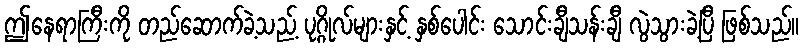
ဤနေရာကြီးကို တည်ဆောက်ခဲ့သည့် ပုဂ္ဂိုလ်များနှင့် နှစ်ပေါင်း သောင်းချီသန်းချီ လွဲသွားခဲ့ပြီ ဖြစ်သည်။